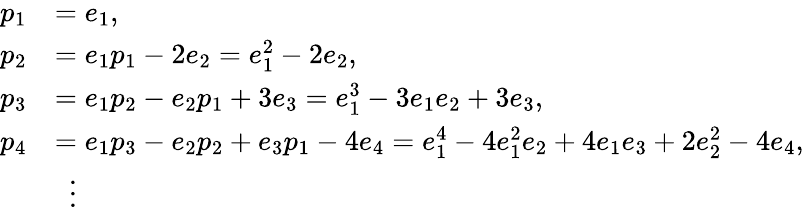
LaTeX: {\begin{array}{rl}{p_{1}}&{=e_{1},}\\ {p_{2}}&{=e_{1}p_{1}-2e_{2}=e_{1}^{2}-2e_{2},}\\ {p_{3}}&{=e_{1}p_{2}-e_{2}p_{1}+3e_{3}=e_{1}^{3}-3e_{1}e_{2}+3e_{3},}\\ {p_{4}}&{=e_{1}p_{3}-e_{2}p_{2}+e_{3}p_{1}-4e_{4}=e_{1}^{4}-4e_{1}^{2}e_{2}+4e_{1}e_{3}+2e_{2}^{2}-4e_{4},}\\ &{\ \ \vdots}\end{array}}